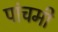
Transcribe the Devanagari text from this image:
पांचमी